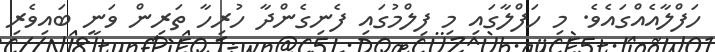
ހަފްލާއެއްގައެވެ. މި ހަފްލާގައި މި ފިލްމުގައި ފެނިގެންދާ ހުރިހާ ތަރިން ވަނީ ބައިވެރި